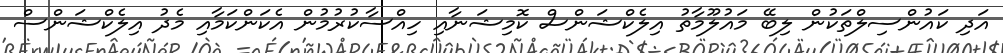
އަދި ކައުންސިލްތަކުން ލިބޭ މައުލޫމާތު އިލެކްޝަންސް ކޮމިޝަނާއި ހިއްސާކުރުމުން އެކަންކަމާއި މެދު އިލެކްޝަންސް